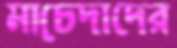
মাচেদাদের